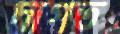
দাগত